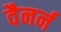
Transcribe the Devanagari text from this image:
वैनर्न